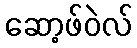
ဆော့ဖ်ဝဲလ်